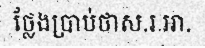
ថ្លែងប្រាប់ថាស.រ.អា.